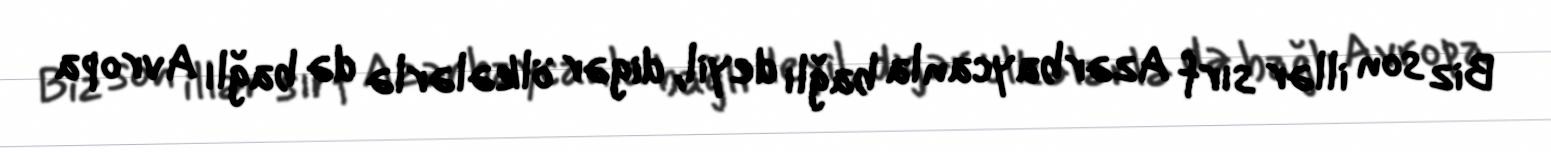
Biz son illər sırf Azərbaycanla bağlı deyil, digər ölkələrlə də bağlı Avropa